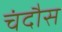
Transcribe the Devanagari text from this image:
चंदौस